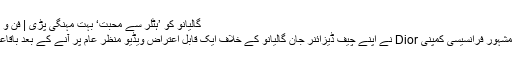
گالیانو کو ’ہٹلر سے محبت‘ بہت مہنگی پڑی | فن و ثقافت | DW | 02.03.2011
فیشن ڈیزائننگ کے شعبے کی مشہور فرانسیسی کمپنی Dior نے اپنے چیف ڈیزائنر جان گالیانو کے خلاف ایک قابل اعتراض ویڈیو منظر عام پر آنے کے بعد باقاعدہ کارروائی شروع کر دی ہے۔